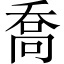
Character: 喬